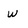
Character: w